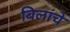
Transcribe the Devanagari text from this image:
बिलांचे